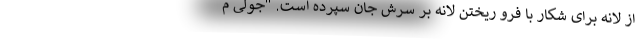
از لانه برای شکار با فرو ریختن لانه بر سرش جان سپرده است. "جولی م